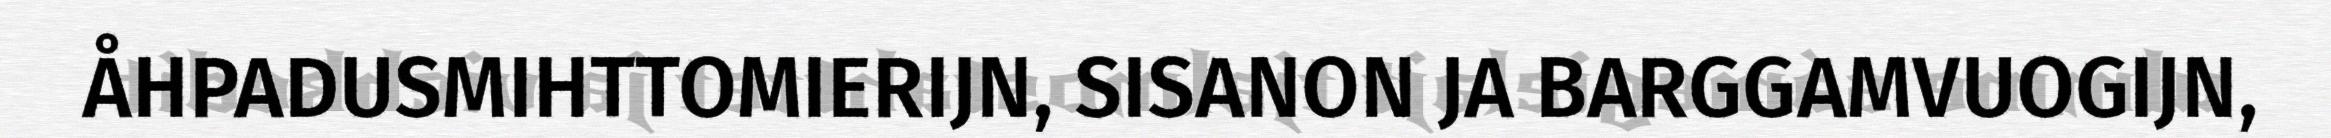
ÅHPADUSMIHTTOMIERIJN, SISANON JA BARGGAMVUOGIJN,